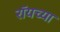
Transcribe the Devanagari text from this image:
रॉयच्या